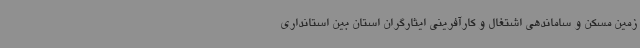
زمین مسکن و ساماندهی اشتغال و کارآفرینی ایثارگران استان بین استانداری